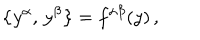
LaTeX: \bigl \{ y ^ { \alpha } , \, y ^ { \beta } \bigr \} = f ^ { \alpha \beta } ( y ) \, ,